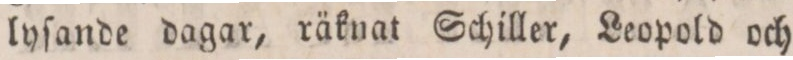
lyſande dagar, räknat Schiller, Leopold och